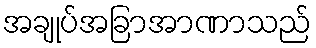
အချုပ်အခြာအာဏာသည်